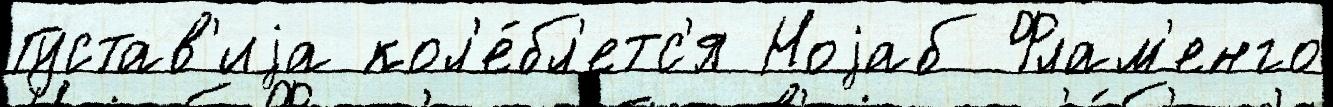
Густав'иjа кол'е́бл'етс'я Ноjаб Флам'енго